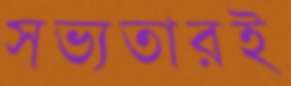
সভ্যতারই